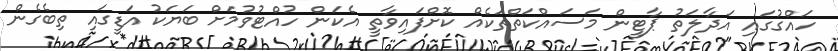
ހައްގުގައި އަދާލަތު ޕާޓީން މަސައްކަތްތަކެއް ކޮށްފައިވާތީ އެކަން ހުއްޓުވުމަށް ބަޔަކު އަޑީގައި ތިބެގެން